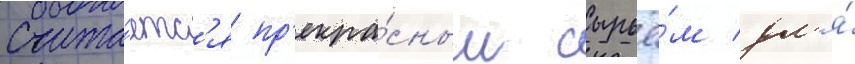
Счита́етс'я пр'екра́сным сырьё́м дл'я́